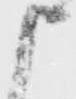
申